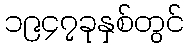
၁၉၄၇ခုနှစ်တွင်